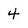
Character: 4